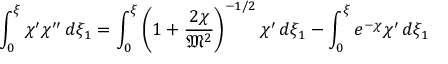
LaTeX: \int _ { 0 } ^ { \xi } \chi ^ { \prime } \chi ^ { \prime \prime } \, d \xi _ { 1 } = \int _ { 0 } ^ { \xi } \left( 1 + { \frac { 2 \chi } { { \mathfrak { M } } ^ { 2 } } } \right) ^ { - 1 / 2 } \chi ^ { \prime } \, d \xi _ { 1 } - \int _ { 0 } ^ { \xi } e ^ { - \chi } \chi ^ { \prime } \, d \xi _ { 1 }